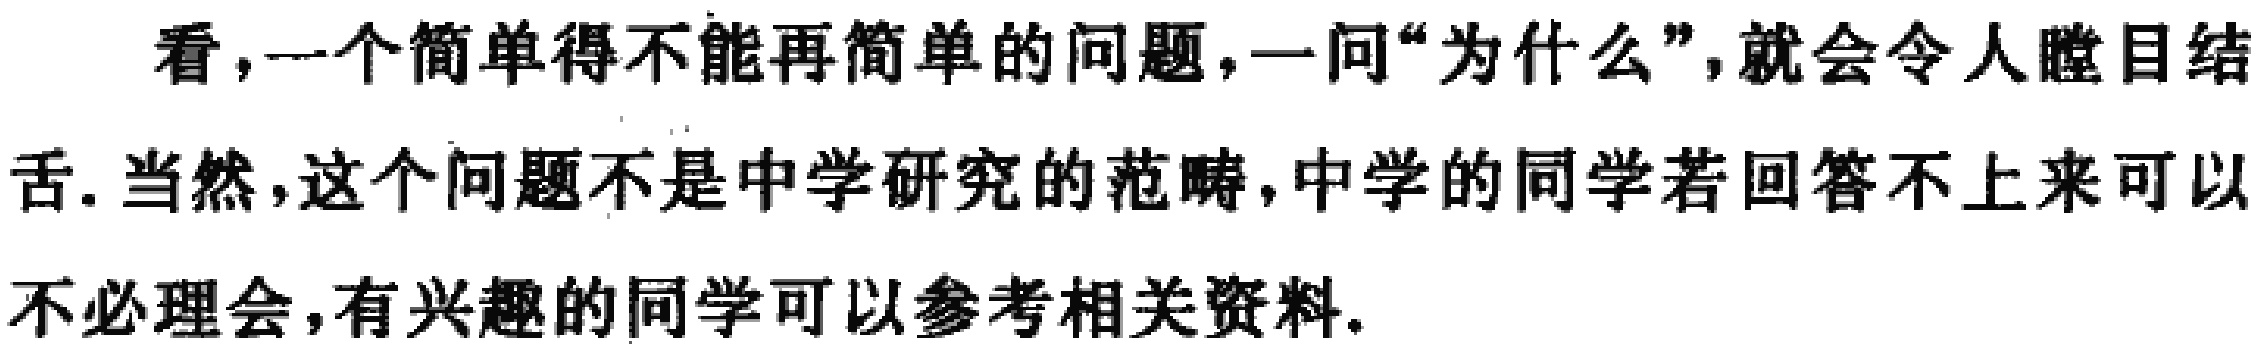
看，一个简单得不能再简单的问题，一问“为什么”，就会令人瞠目结舌. 当然，这个问题不是中学研究的范畴，中学的同学若回答不上来可以不必理会，有兴趣的同学可以参考相关资料.